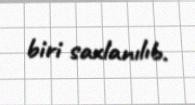
biri saxlanılıb.